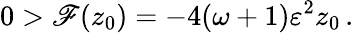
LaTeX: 0>\mathscr{F}(z_{0})=-4(\omega+1)\varepsilon^{2}z_{0}\, .